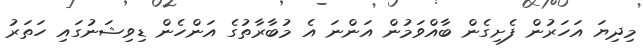
މިދިޔަ އަހަރުން ފެށިގެން ބާއްވަމުން އަންނަ އެ މުބާރާތުގެ އަންހެން ޑިވިޝަނުގައި ހަތަރު